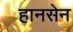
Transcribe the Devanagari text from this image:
हानसेन